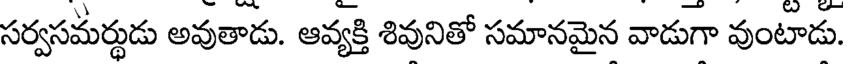
సర్వసమర్థుడు అవుతాడు. ఆవ్యక్తి శివునితో సమానమైన వాడుగా వుంటాడు.